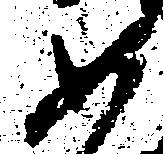
如